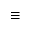
\equiv